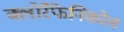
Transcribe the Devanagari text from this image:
क्लोरैफेनिकोल